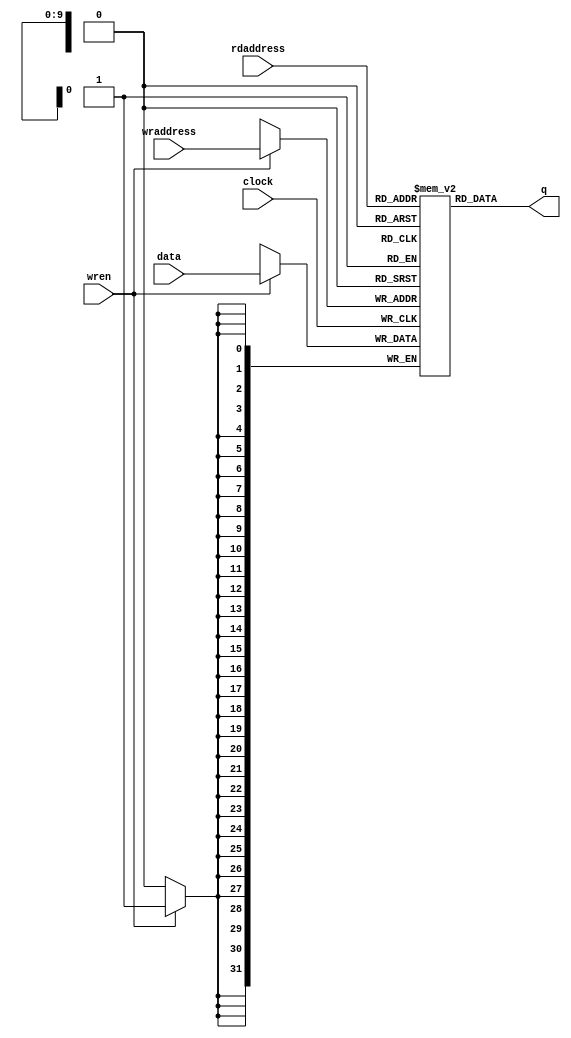
module instruction_memory(
// instruction memory, 2^10 words, 32 bits each
input clock,
input [31:0] data,
input [9:0] rdaddress,
input [9:0] wraddress,
input wren,
output reg [31:0] q
);

reg [31:0] memory [0:1023];

// initial begin
// // initialize instruction memory from mem file
// $readmemb("instruction_init.mem", memory);
// end

always @ (posedge clock) begin
	if (wren) begin
		memory[wraddress] <= data;
	end
end

always @ (*) begin
	q <= memory[rdaddress];
end

endmodule